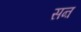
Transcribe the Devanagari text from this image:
सऩ